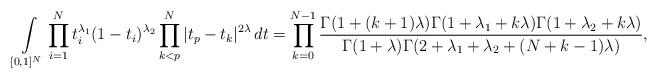
LaTeX: \begin{align*}\int\limits_{[0,1]^N} \prod\limits_{i=1}^N t_i^{\lambda_1}(1-t_i)^{\lambda_2}\prod\limits_{k<p}^N |t_p-t_k|^{2\lambda}\,dt = \prod_{k=0}^{N-1}\frac{\Gamma(1+(k+1)\lambda)\Gamma(1+\lambda_1+k\lambda)\Gamma(1+\lambda_2+k\lambda)}{\Gamma(1+\lambda)\Gamma(2+\lambda_1+\lambda_2+(N+k-1)\lambda)},\end{align*}